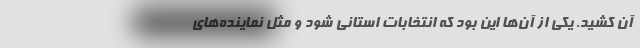
آن کشید. یکی از آن‌ها این بود که انتخابات استانی شود و مثل نماینده‌های